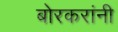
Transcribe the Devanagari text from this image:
बोरकरांनी